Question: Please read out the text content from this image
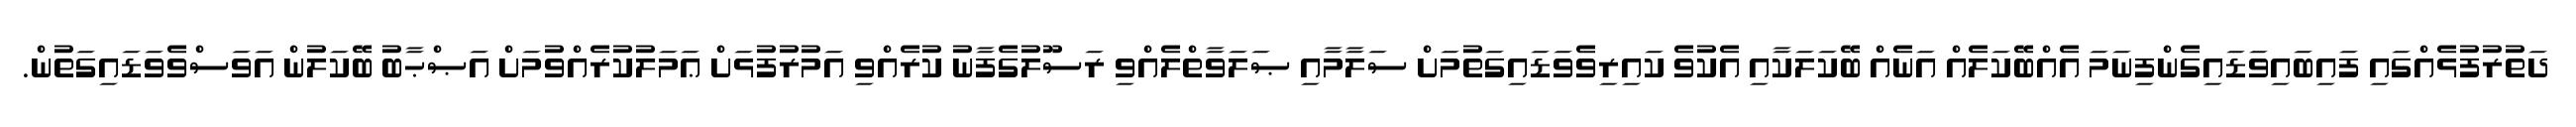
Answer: ދަތުރުފުޅެއްގައި ފައިބައިވަޑައިގެންފިނަމަ އެއްބޭކަލެއް އަނެއް ބޭކަލަކާއި އެކުވެ ކައިރިވެވަޑައިގަތުމަށް ސަލާމާއި ޞަލަވާތްލެއްވި ރަސޫލުގެފާނު ކުރެއްވި އަމުރުފުޅަށް ޢަމަލުކުރެއްވުމަށް އަޞްޙާބު ބޭކަލުން އަވަސްވެވަޑައިގަތުން.